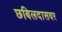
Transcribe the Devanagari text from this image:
छबिलदासवर